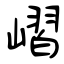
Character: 嶍